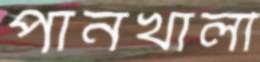
পানখালী